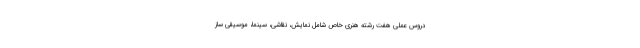
دروس عملی هفت رشته هنری خاص شامل نمایش، نقاشی، سینما، موسیقی ساز